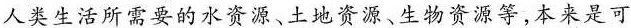
人类生活所需要的水资源、土地资源、生物资源等，本来是可